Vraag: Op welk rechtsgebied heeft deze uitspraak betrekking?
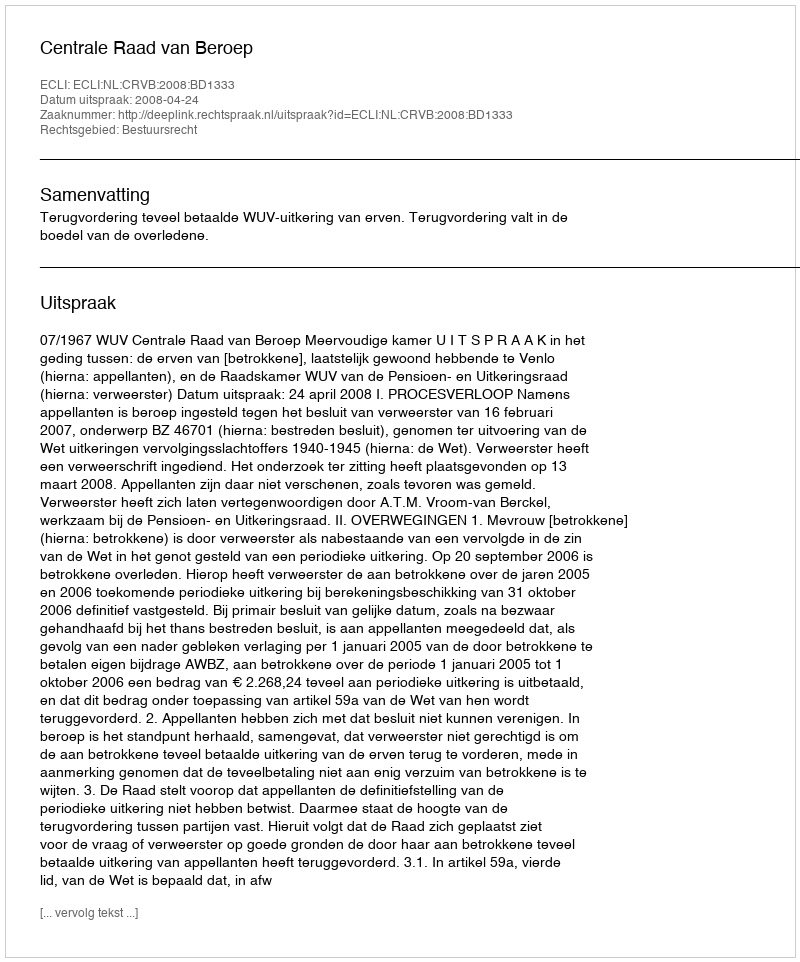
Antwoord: Bestuursrecht